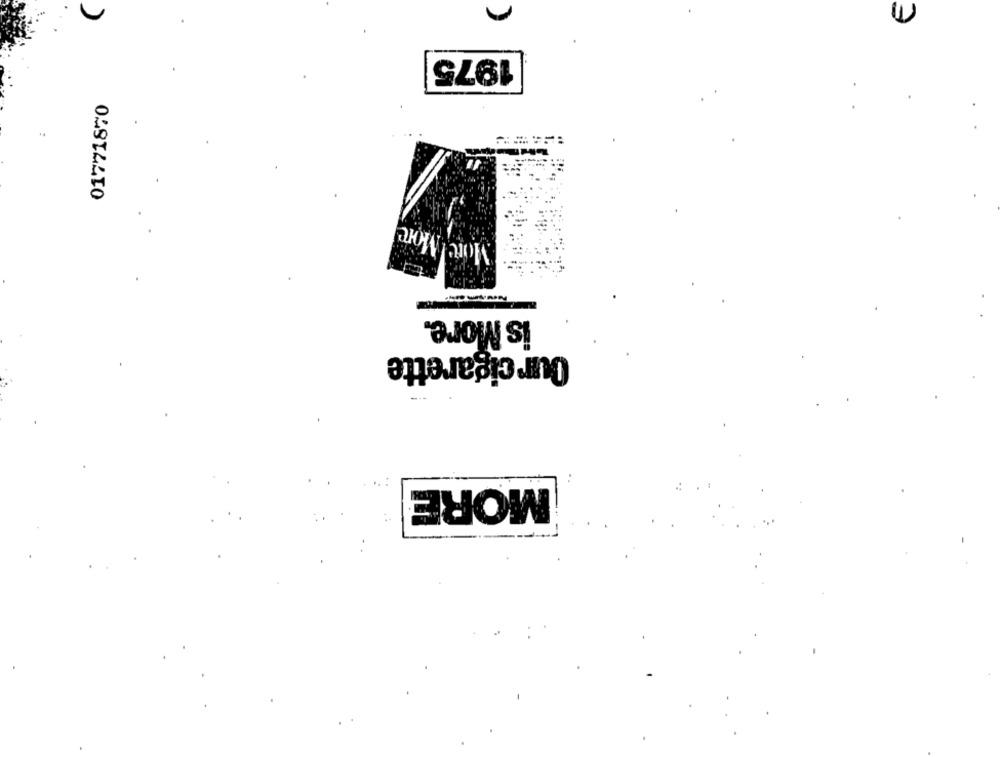
1975
01771870
More More
is More.
Our cigarette
:*
MORE